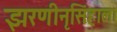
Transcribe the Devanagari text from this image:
झरणीनृसिंहाला